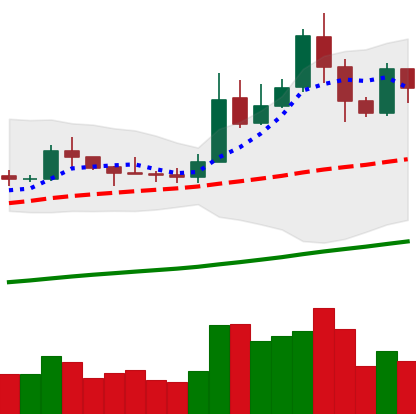
Ticker: LTC-USD
Chart end date: 2019-05-20
Forward return: 12.218%
Label: up_7plus